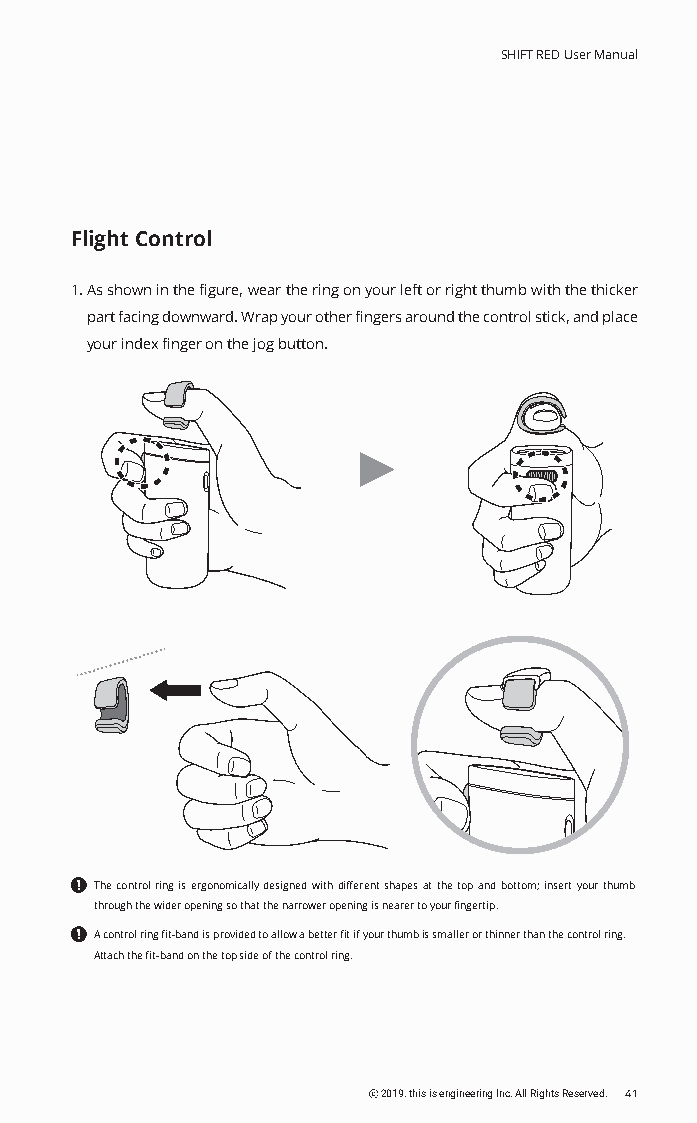
SHIFT RED User Manual
 Flight Control
 1. As shown in the figure, wear the ring on your left or right thumb with the thicker
 part facing downward. Wrap your other fingers around the control stick, and place
 your index finger on the jog button.
 The control ring is ergonomically designed with different shapes at the top and bottom; insert your thumb
 through the wider opening so that the narrower opening is nearer to your fingertip.
 A control ring fit-band is provided to allow a better fit if your thumb is smaller or thinner than the control ring.
 Attach the fit-band on the top side of the control ring.
 ⓒ 2019. this is engineering Inc. All Rights Reserved. 41